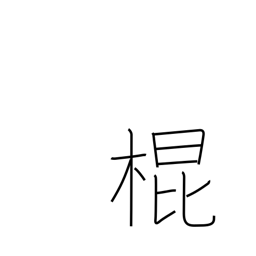
Meaning: a cane